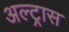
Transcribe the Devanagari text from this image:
अल्ट्रास